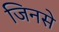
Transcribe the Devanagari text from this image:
जिनसे